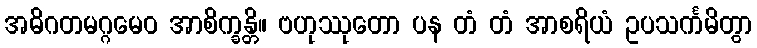
အဓိဂတမဂ္ဂမေဝ အာစိက္ခန္တိ။ ဗဟုဿုတော ပန တံ တံ အာစရိယံ ဥပသင်္ကမိတွာ